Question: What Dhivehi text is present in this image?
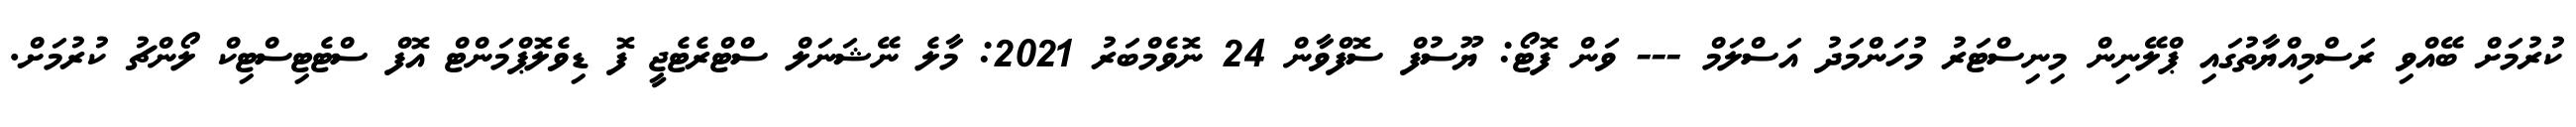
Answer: ކުރުމަށް ބޭއްވި ރަސްމިއްޔާތުގައި ޕްލޭނިން މިނިސްޓަރު މުހަންމަދު އަސްލަމް --- ވަން ފޮޓޯ: ޔޫސުފް ސޮފްވާން 24 ނޮވެމްބަރު 2021: މާލެ ނޭޝަނަލް ސްޓްރެޓެޖީ ފޮ ޑިވެލޮޕްމަންޓް އޮފް ސްޓެޓިސްޓިކް ލޯންޗު ކުރުމަށް.